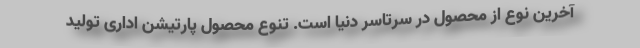
آخرین نوع از محصول در سرتاسر دنیا است. تنوع محصول پارتیشن اداری تولید